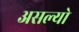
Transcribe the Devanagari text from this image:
असल्याे